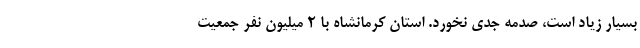
بسیار زیاد است، صدمه جدی نخورد. استان کرمانشاه با ۲ میلیون نفر جمعیت